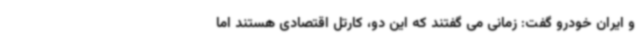
و ایران خودرو گفت: زمانی می گفتند که این دو، کارتل اقتصادی هستند اما